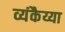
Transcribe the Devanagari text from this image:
व्यंकैय्या